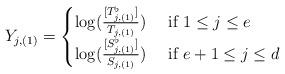
LaTeX: \begin{align*}Y_{j,(1)}= \begin{cases}\log(\frac{[T_{j,(1)}^{\flat}]}{T_{j,(1)}}) & \mbox{ if } 1 \leq j\leq e \\ \log(\frac{[S_{j,(1)}^{\flat}]}{S_{j,(1)}}) & \mbox{ if } e+1 \leq j \leq d\end{cases}\end{align*}